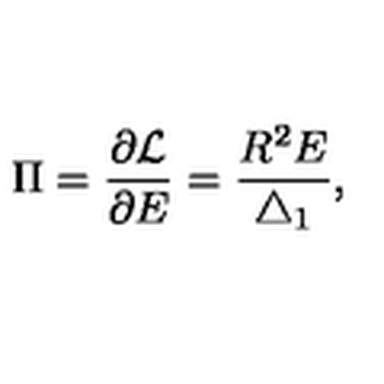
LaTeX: \Pi = \frac { \partial { \cal L } } { \partial E } = \frac { R ^ { 2 } E } { \bigtriangleup _ { 1 } } ,